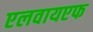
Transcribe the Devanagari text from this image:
एलवायएफ